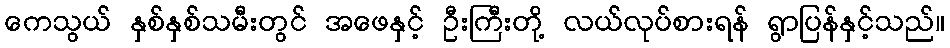
ကေသွယ် နှစ်နှစ်သမီးတွင် အဖေနှင့် ဦးကြီးတို့ လယ်လုပ်စားရန် ရွာပြန်နှင့်သည်။